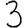
Digit: 3